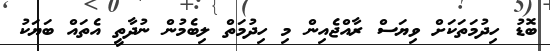
ބޮޑު ހިދުމަތަކަށް ވިޔަސް ރާއްޖެއިން މި ހިދުމަތް ލިބެމުން ނުދާތީ އެތައް ބަޔަކު